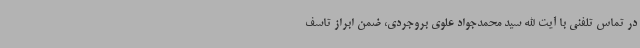
در تماس تلفنی با آیت الله سید محمدجواد علوی بروجردی، ضمن ابراز تاسف